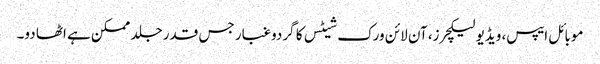
موبائل ایپس، ویڈیو لیکچرز، آن لائن ورک شیٹس کا گردوغبار جس قدر جلد ممکن ہے اٹھا دو۔